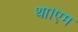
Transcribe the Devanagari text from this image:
था।एम